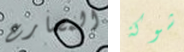
المصارع شوكة